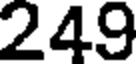
249